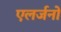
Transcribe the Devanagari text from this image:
एलर्जनों